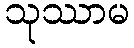
သုဿာမ